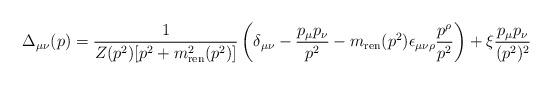
LaTeX: \begin{align*}\Delta_{\mu\nu}(p)={1\over Z(p^2)[p^2+m_{\rm ren}^2(p^2)] }\left(\delta_{\mu\nu}-{p_\mu p_\nu\over p^2}-m_{\rm ren}(p^2)\epsilon_{\mu\nu\rho}{p^\rho\over p^2}\right)+\xi{p_\mu p_\nu\over (p^2)^2}\end{align*}